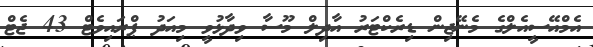
އެމްއޭސީއެލްގެ މެނޭޖިން ޑިރެކްޓަރު އާދިލް މޫސާ ވިދާޅުވީ މިއަދު ޕްރައިވެޓް 43 ޖެޓް